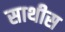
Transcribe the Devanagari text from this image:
साथीस